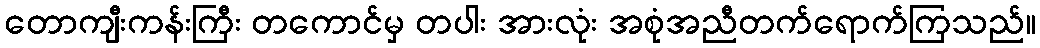
တောကျီးကန်းကြီး တကောင်မှ တပါး အားလုံး အစုံအညီတက်ရောက်ကြသည်။